Report on lock hospitals in British Burma
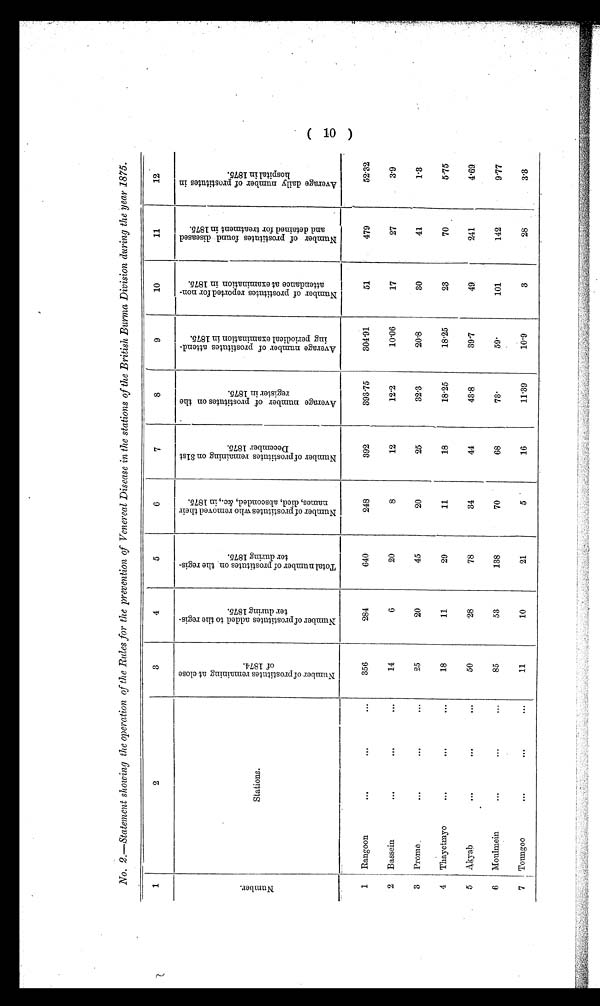
No. 2.—Statement showing the operation of the Rules for the prevention of Venereal Disease in the stations of the British Burma Division during the year 1875.
1
2
3
4
5
6
7
8
9
10
11
12
N u m b e r o f p r o s t i t u t e s r e m a i n i n g a t c l o s e
o f 1 8 7 4
N u m b e r o f p r o s t i t u t e s a d d e d t o t h e r e g i s -
t e r d u r i n g 1 8 7 5 .
T o t a l n u m b e r o f p r o s t i t u t e s o n t h e r e g i s -
t e r d u r i n g 1 8 7 5 .
N u m b e r o f p r o s t i t u t e s w h o r e m o v e d t h e i r
n a m e s , d i e d , a b s c o n d e d , & c . , i n 1 8 7 5 .
N u m b e r o f p r o s t i t u t e s r e m a i n i n g o n 3 1 s t
D e c e m b e r 1 8 7 5 .
A v e r a g e n u m b e r o f p r o s t i t u t e s o n t h e
r e g i s t e r i n 1 8 7 5 .
A v e r a g e n u m b e r o f p r o s t i t u t e s a t t e n d -
i n g p e r i o d i c a l e x a m i n a t i o n i n 1 8 7 5 .
N u m b e r o f p r o s t i t u t e s r e p o r t e d f o r n o n -
a t t e n d a n c e a t e x a m i n a t i o n i n 1 8 7 5 .
N u m b e r o f p r o s t i t u t e s f o u n d d i s e a s e d
a n d d e t a i n e d f o r t r e a t m e n t i n 1 8 7 5 .
A v e r a g e d a i l y n u m b e r o f p r o s t i t u t e s i n
h o s p i t a l i n 1 8 7 5 .
N u m b e r
Stations.
479
52.32
640
248
392
393.75
304.91
51
1
Rangoon
. . .
. . .
...
356
284
2
Bassein
. . .
. . .
...
14
6
20
8
12
12.2
10.06
17
27
3.9
3
Prome
...
. . .
...
25
20
45
20
25
32.3
20.8
30
41
1.3
4
Thayetmyo
. . .
. . .
...
18
11
29
11
18
18.25
18.25
23
70
5.75
5
Akyab
. . .
...
...
50
28
78
34
44
43.8
39.7
49
241
4.69
6
Moulmein
. . .
. . .
...
85
53
138
70
68
73.
59.
101
142
9.77
7 Toungoo
...
...
...
11
10
21
5
16
11.39
10.9
3
28
3.3
(10)